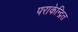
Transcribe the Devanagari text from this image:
पराकेन्द्रित